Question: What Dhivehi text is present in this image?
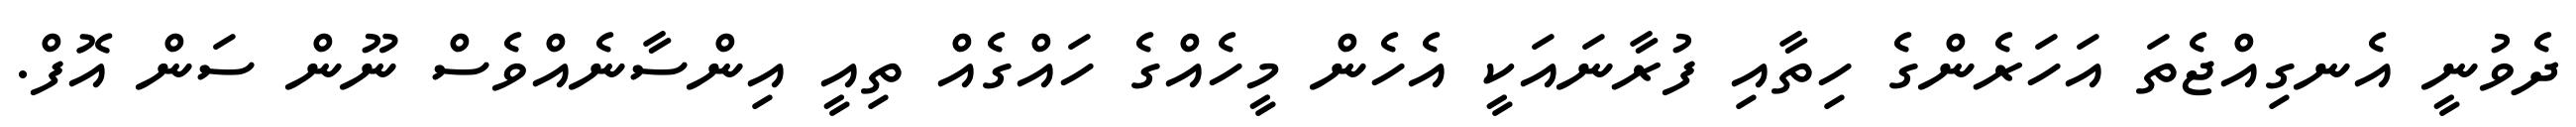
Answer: ދެވުނީ އެނގިއްޖެތަ އަހަރެންގެ ހިތާއި ފުރާނައަކީ އެހެން މީހެއްގެ ހައްގެއް ތިއީ އިންސާނެއްވެސް ނޫން ސަން އޮފް.